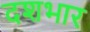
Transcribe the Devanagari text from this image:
दशभार